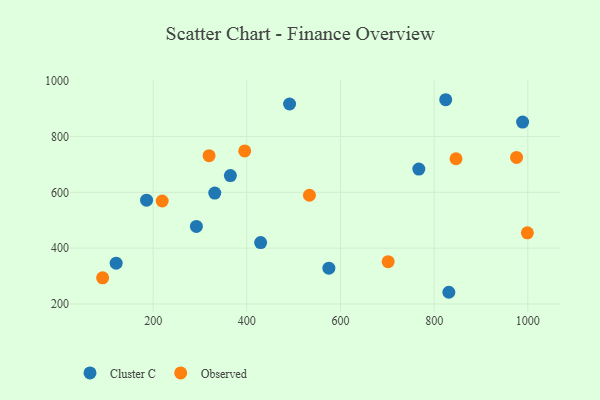
{"axis": {"x": "Price", "y": "Salary"}, "legend": ["Cluster C", "Observed"], "data": [{"x": "121.0", "y": 346.1, "type": "Cluster C"}, {"x": "831.4", "y": 241.9, "type": "Cluster C"}, {"x": "292.3", "y": 477.9, "type": "Cluster C"}, {"x": "491.3", "y": 916.3, "type": "Cluster C"}, {"x": "185.9", "y": 571.7, "type": "Cluster C"}, {"x": "331.6", "y": 597.4, "type": "Cluster C"}, {"x": "988.9", "y": 851.8, "type": "Cluster C"}, {"x": "429.5", "y": 420.1, "type": "Cluster C"}, {"x": "364.9", "y": 660.0, "type": "Cluster C"}, {"x": "767.3", "y": 683.3, "type": "Cluster C"}, {"x": "575.2", "y": 328.1, "type": "Cluster C"}, {"x": "824.7", "y": 931.7, "type": "Cluster C"}, {"x": "395.5", "y": 748.1, "type": "Observed"}, {"x": "846.7", "y": 720.3, "type": "Observed"}, {"x": "533.7", "y": 589.4, "type": "Observed"}, {"x": "976.0", "y": 725.1, "type": "Observed"}, {"x": "319.4", "y": 731.2, "type": "Observed"}, {"x": "701.8", "y": 351.7, "type": "Observed"}, {"x": "999.1", "y": 454.8, "type": "Observed"}, {"x": "92.1", "y": 293.5, "type": "Observed"}, {"x": "219.3", "y": 568.8, "type": "Observed"}]}